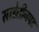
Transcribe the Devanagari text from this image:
साडेतीनपट